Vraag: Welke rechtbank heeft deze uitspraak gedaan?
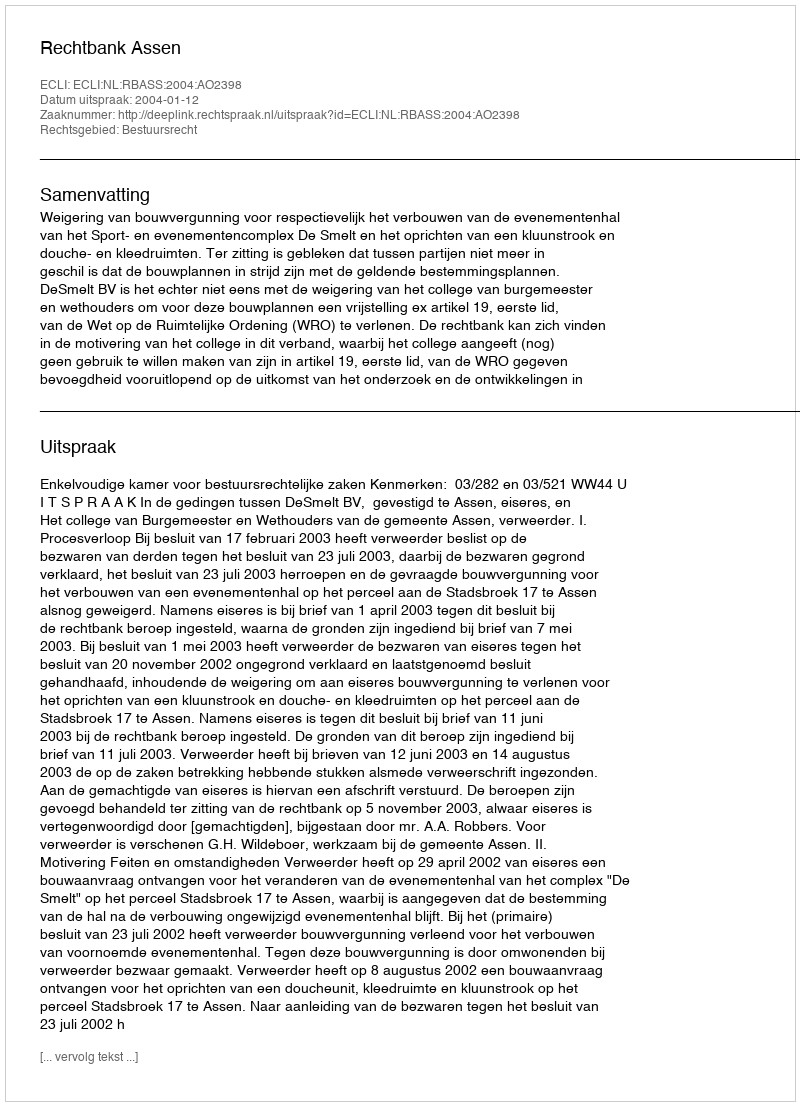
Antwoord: Rechtbank Assen